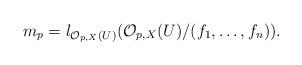
LaTeX: \begin{align*}m_p=l_{\mathcal{O}_{p,X}(U)}(\mathcal{O}_{p,X}(U)/(f_1,\ldots,f_n))\mbox{.}\end{align*}